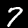
Digit: 7